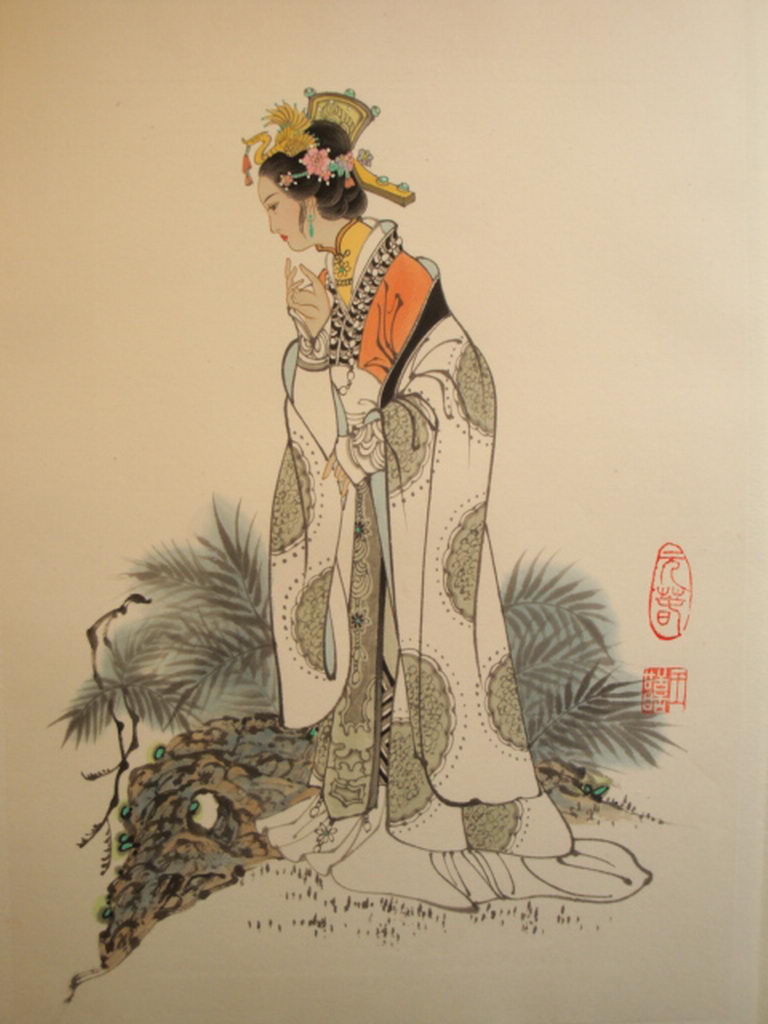
钟山抱金陵，霸气昔腾发。